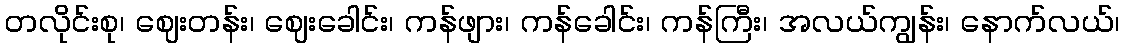
တလိုင်းစု၊ ဈေးတန်း၊ ဈေးခေါင်း၊ ကန်ဖျား၊ ကန်ခေါင်း၊ ကန်ကြီး၊ အလယ်ကျွန်း၊ နောက်လယ်၊